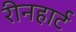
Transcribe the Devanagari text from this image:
रीनहार्ट